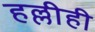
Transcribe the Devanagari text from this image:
हल्लीही